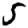
Digit: 5